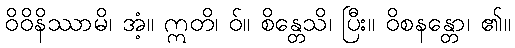
ဝိဝိနိဿာမိ၊ အံ့။ ဣတိ၊ ဝ်။ စိန္တေသိ၊ ပြီး။ ဝိစနန္တော၊ ၏။